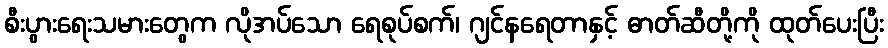
စီးပွားရေးသမားတွေက လိုအပ်သော ရေစုပ်စက်၊ ဂျင်နရေတာနှင့် ဓာတ်ဆီတို့ကို ထုတ်ပေးပြီး